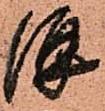
併